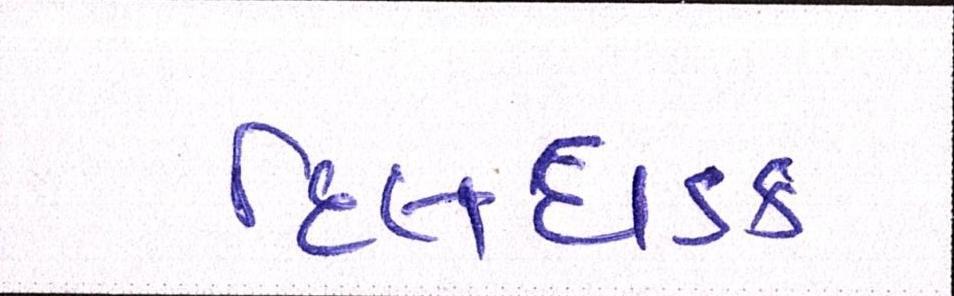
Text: દિલધડક